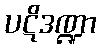
ပဋိဒဏ္ဍာ